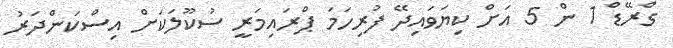
ގްރޭޑް 1 ން 5 އަށް ކިޔަވައިދޭ ފުރިހަމަ ޕްރައިމަރީ ސުކޫލަކަށް އިސްކަންދަރު